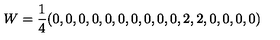
W = \frac 1 4 ( 0 , 0 , 0 , 0 , 0 , 0 , 0 , 0 , 0 , 0 , 2 , 2 , 0 , 0 , 0 , 0 )